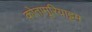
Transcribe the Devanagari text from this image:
कोतामूरियाट्टम